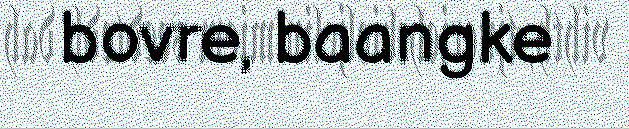
bovre, baangke